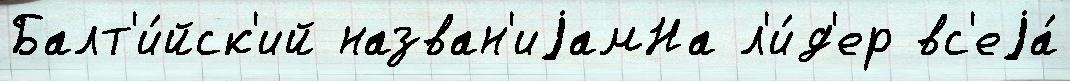
Балт'и́йск'ий назван'иjамНа л'и́д'ер вс'еjа́